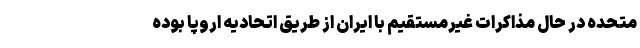
متحده در حال مذاکرات غیرمستقیم با ایران از طریق اتحادیه اروپا بوده